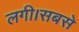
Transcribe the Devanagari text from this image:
लगी।सबसे